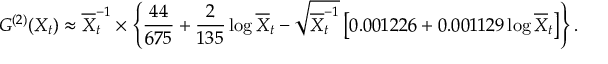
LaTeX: G ^ { ( 2 ) } ( X _ { t } ) \approx { \overline { { { X } } } _ { t } ^ { - 1 } } \times \left\{ { \frac { 4 4 } { 6 7 5 } } + { \frac { 2 } { 1 3 5 } } \log \overline { { { X } } } _ { t } - \sqrt { \overline { { { X } } } _ { t } ^ { - 1 } } \left[ 0 . 0 0 1 2 2 6 + 0 . 0 0 1 1 2 9 \log \overline { { { X } } } _ { t } \right] \right\} .